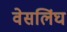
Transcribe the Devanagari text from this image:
वेसलिंघ